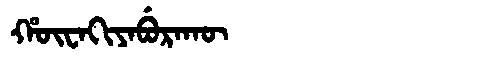
Manchu: ᡥᡡᠸᠠᡴᡳᠶᠠᠪᡠᡵᠠᡴᡡ
Romanization: HŪWAKIYABURAKŪ